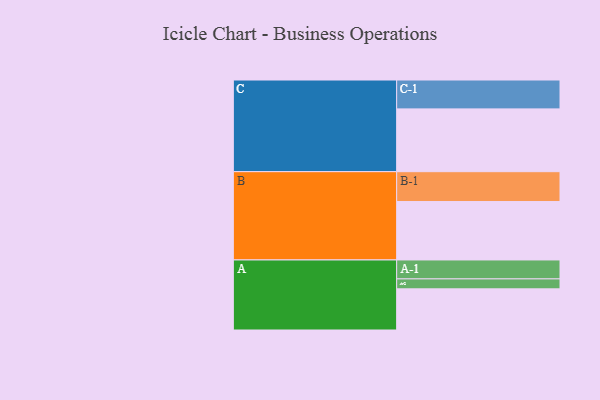
{"axis": {"x": "Segment", "y": "Value"}, "legend": ["", "A", "B", "C"], "data": [{"x": "A", "y": 352, "type": ""}, {"x": "B", "y": 500, "type": ""}, {"x": "C", "y": 537, "type": ""}, {"x": "A-1", "y": 162, "type": "A"}, {"x": "A-2", "y": 85, "type": "A"}, {"x": "B-1", "y": 255, "type": "B"}, {"x": "C-1", "y": 247, "type": "C"}]}